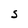
Character: S